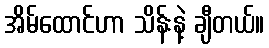
အိမ်ထောင်ဟာ သိန်းနဲ့ ချီတယ်။